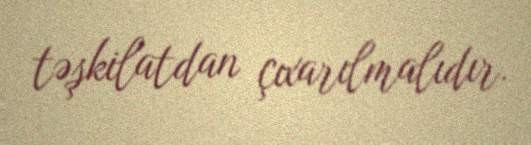
təşkilatdan çıxarılmalıdır.